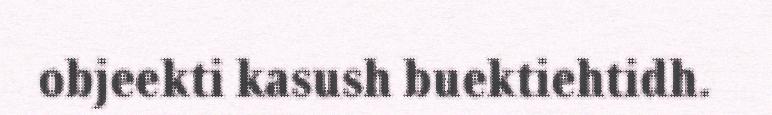
objeekti kasush buektiehtidh.